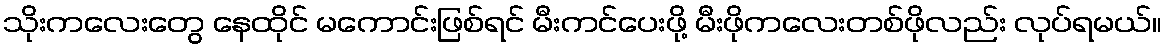
သိုးကလေးတွေ နေထိုင် မကောင်းဖြစ်ရင် မီးကင်ပေးဖို့ မီးဖိုကလေးတစ်ဖိုလည်း လုပ်ရမယ်။